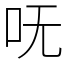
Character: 呒